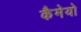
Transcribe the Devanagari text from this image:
कैमेयो